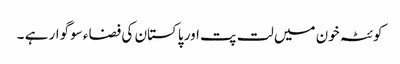
کوئٹہ خون میں لت پت اور پاکستان کی فضاء سوگوار ہے ۔